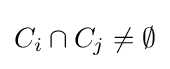
C_{i}\cap C_{j}\neq \emptyset